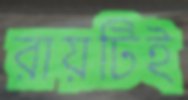
রায়টিই